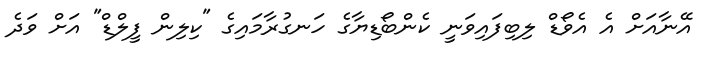
އޭނާއަށް އެ އެވޯޑް ލިބިފައިވަނީ ކެންބޯޑިޔާގެ ހަނގުރާމައިގެ "ކިލިން ފީލްޑް" އަށް ވަދެ